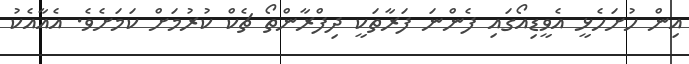
އިން ހުށަހެޅީ އެވީޑިއޯގައި ފެންނަ ފަރާތަކީ ދިފްރާންތޯ ޗެކް ކުރުމަށް ކަމަށެވެ. އެއާއެކު